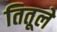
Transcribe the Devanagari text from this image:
तितूले